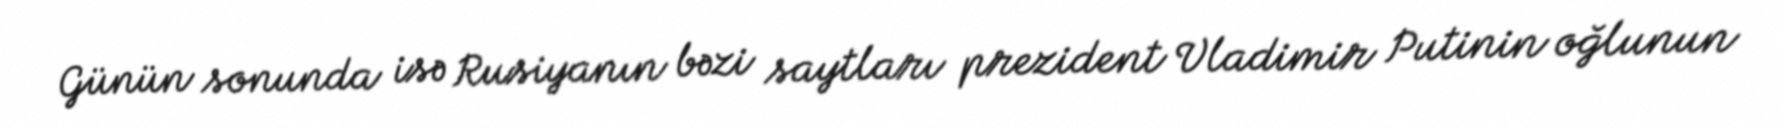
Günün sonunda isə Rusiyanın bəzi saytları prezident Vladimir Putinin oğlunun